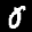
Label: 0